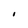
Character: I